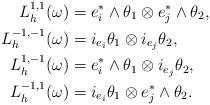
LaTeX: \begin{align*} L^{1,1}_h(\omega)&=e_i^*\wedge \theta_1 \otimes e^*_j\wedge \theta_2,\\L^{-1,-1}_h(\omega)&=i_{e_i} \theta_1 \otimes i_{e_j} \theta_2,\\L^{1,-1}_h(\omega)&=e_i^*\wedge \theta_1 \otimes i_{e_j}\theta_2,\\L^{-1,1}_h(\omega)&=i_{e_i} \theta_1 \otimes e^*_j\wedge \theta_2.\end{align*}